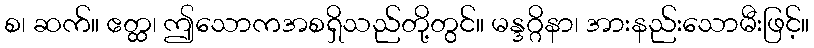
စ၊ ဆက်။ ဧတ္ထ၊ ဤသောကအစရှိသည်တို့တွင်။ မန္ဒဂ္ဂိနာ၊ အားနည်းသောမီးဖြင့်။